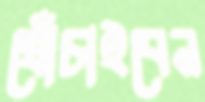
খোঁচাইবেন